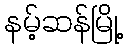
နမ့်ဆန်မြို့